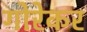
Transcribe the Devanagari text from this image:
गोरेकर